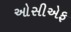
ઓસીએફ